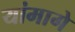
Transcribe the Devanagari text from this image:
यांमागे